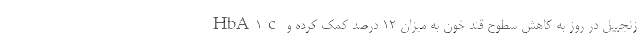
زنجبیل در روز به کاهش سطوح قند خون به میزان 12 درصد کمک کرده و HbA1c